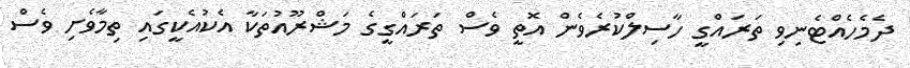
ދެމެހެއްޓެނިވި ތަރައްގީ ހާސިލްކުރެވެން އޮތީ ވެސް ތަރައްގީގެ މަޝްރޫއުތަކާ އެކުއެކީގައި ތިމާވެށި ވެސް